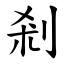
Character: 剎